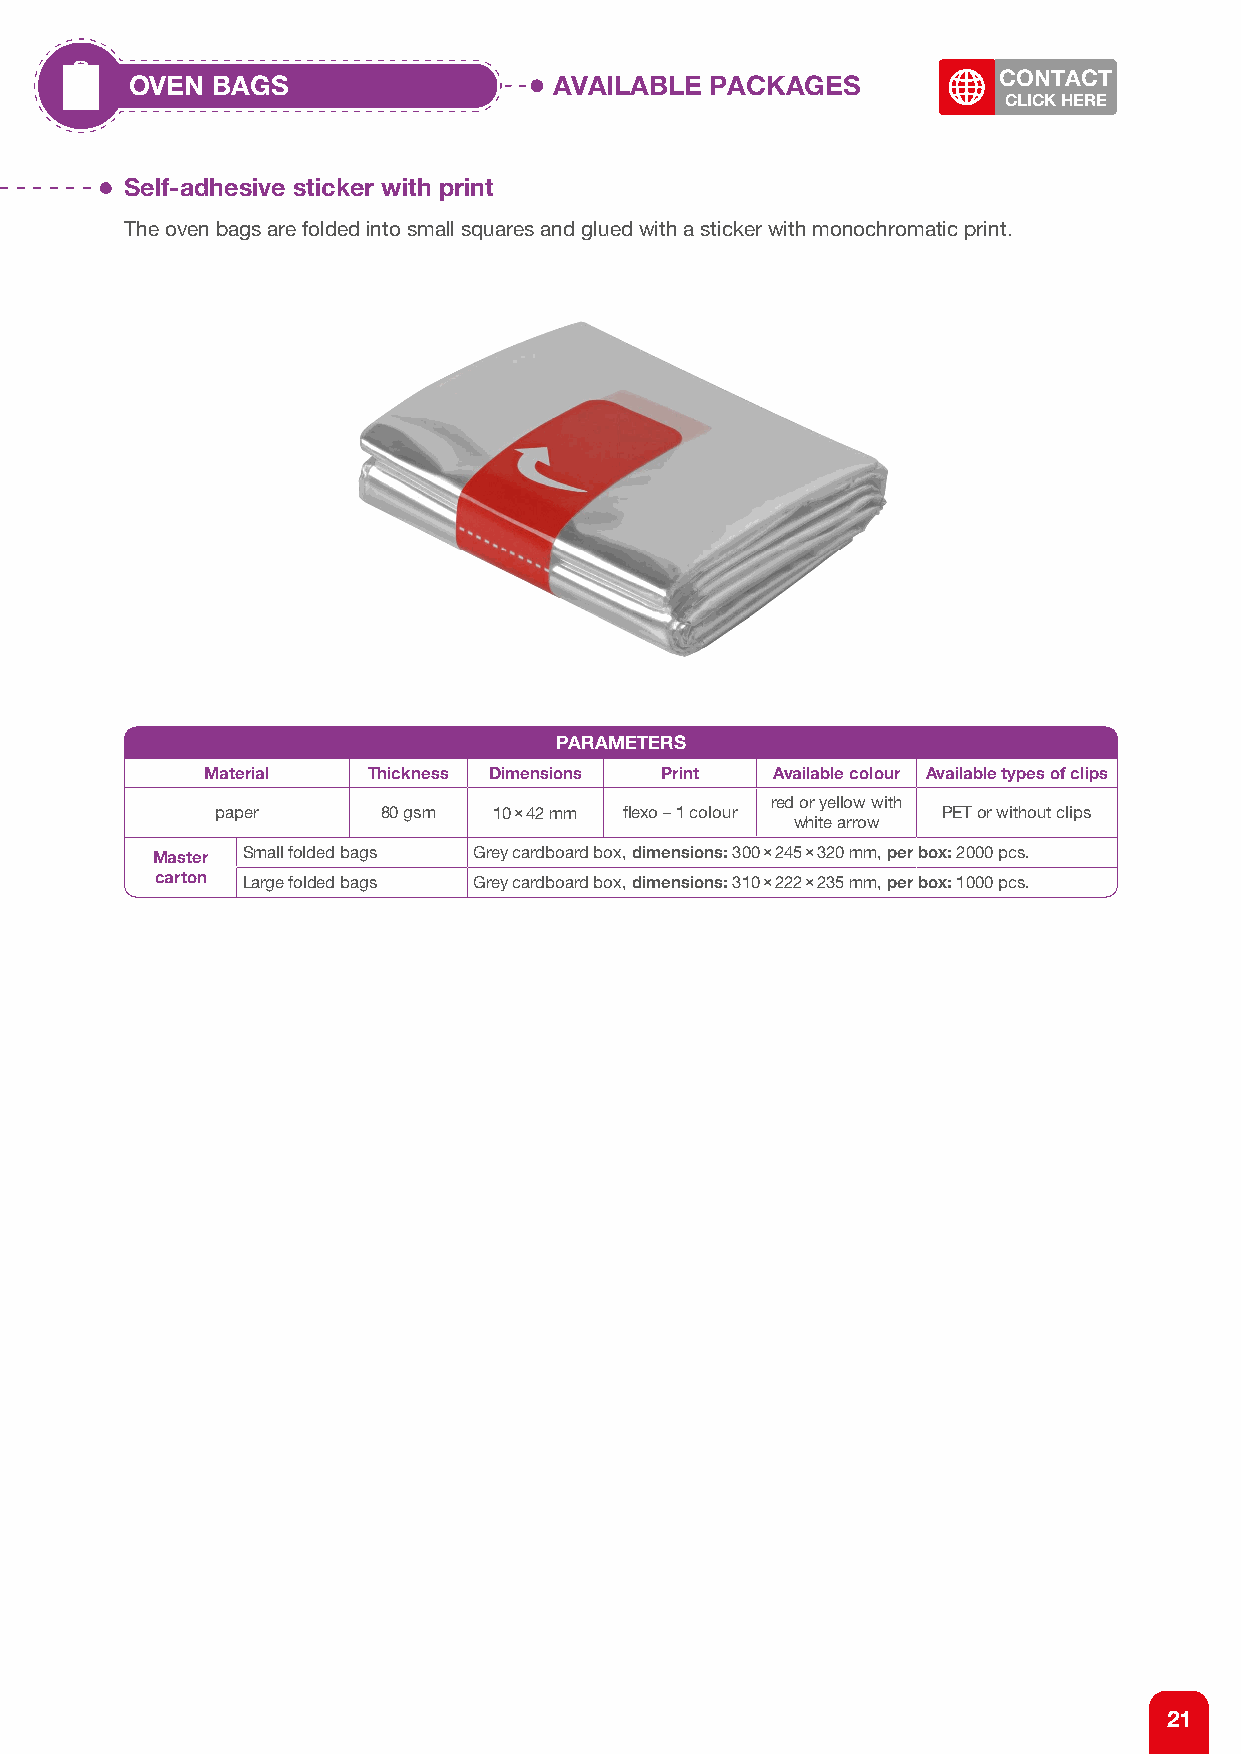
OVEN BAGS                   AVAILABLE PACKAGES           CONTACT
 CLICK HERE
 Self-adhesive sticker with print
 The oven bags are folded into small squares and glued with a sticker with monochromatic print.
 PARAMETERS
 Material  Thickness Dimensions Print Available colour Available types of clips
 red or yellow with
 paper      80 gsm  10×42 mm fl exo – 1 colour   PET or without clips
 white arrow
 Master Small folded bags Grey cardboard box, dimensions: 300×245×320 mm, per box: 2000 pcs.
 carton Large folded bags Grey cardboard box, dimensions: 310×222×235 mm, per box: 1000 pcs.
 21